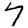
Digit: 7